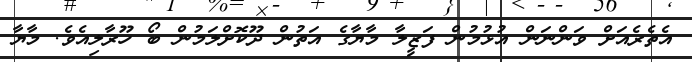
އެތެރެއަށް ވަންނަން އުޅުމުން ފަޒީލާ މާޔާގެ އަތުން ދޫކޮށްލަމުން ބޯ ހޫރާލިއެވެ. މާޔާ